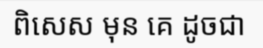
ពិសេស មុន គេ ដូចជា